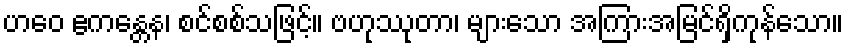
ဟဝေ ဧကန္တေန၊ စင်စစ်သဖြင့်။ ဗဟုဿုတာ၊ များသော အကြားအမြင်ရှိကုန်သော။